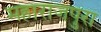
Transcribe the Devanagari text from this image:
महाराजपुरा